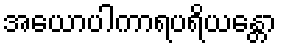
အယောပါကာရပရိယန္တော